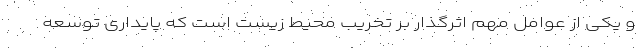
و یکی از عوامل مهم اثرگذار بر تخریب محیط زیست است که پایداری توسعه